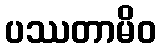
ပဿတာမိဝ